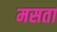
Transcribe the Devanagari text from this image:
मसता